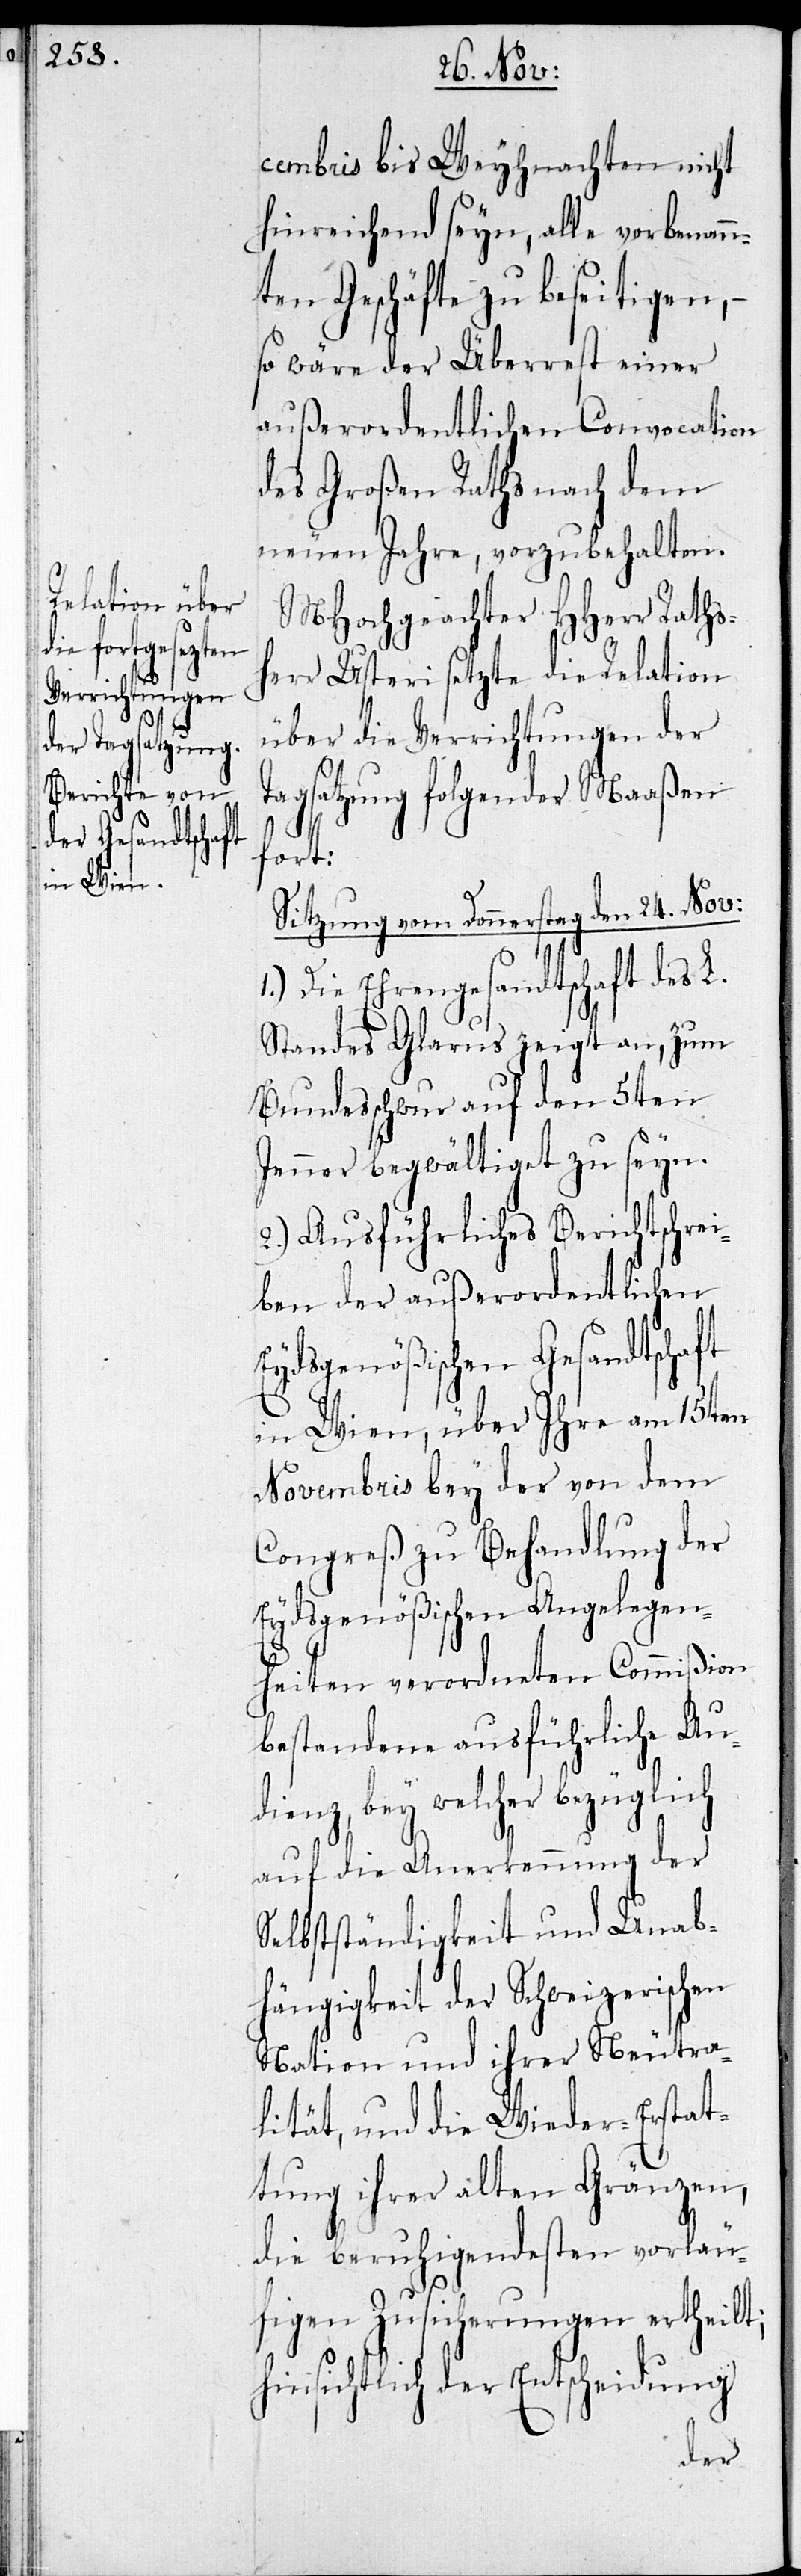
cembris bis Weyhnachten nicht
hinreichend seyn, alle vorbenann¬
ten Geschäfte zu beseitigen, –
so wäre der Überrest einer
außerordentlichen Convocation
des Großen Raths nach dem
neuen Jahre, vorzubehalten.
MHochgeachter HHerr Raths¬
herr Usteri setzte die Relation
über die Verrichtungen der T¬
agsatzung folgender Maaßen
fort:
Sitzung vom Donnerstag den 24. Nov:
1.) Die Ehrengesandtschaft des L.
Standes Glarus zeigt an, zum
Bundesschwur auf den 5ten
Jenner begwältiget zu seyn.
2.) Ausführliches Berichtschrei¬
ben der außerordentlichen
Eydsgenößischen Gesandtschaft
in Wien, über ihre am 15ten
Novembris bey der von dem
Congreß zu Behandlung der
Eydsgenößischen Angelegen¬
heiten verordneten Commißion
bestandene ausführliche Au¬
dienz, bey welcher bezüglich
auf die Anerkennung der
Selbstständigkeit und Unab¬
hängigkeit der Schweizerischen
Nation und ihrer Neutra¬
lität und die Wieder-Erstat¬
tung ihrer alten Gränzen
die beruhigendesten vorläu¬
figen Zusicherungen ertheilt;
hinsichtlich der Entscheidung